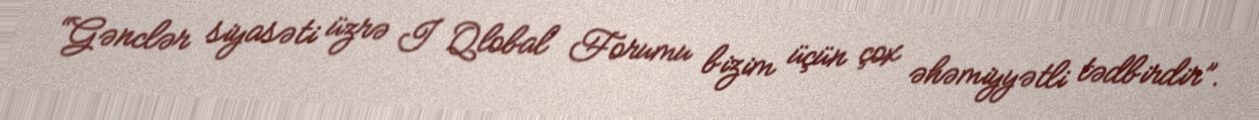
“Gənclər siyasəti üzrə I Qlobal Forumu bizim üçün çox əhəmiyyətli tədbirdir”.